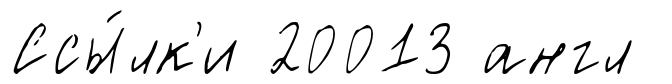
Ссы́лк'и 20013 англ